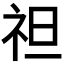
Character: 𥘵